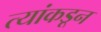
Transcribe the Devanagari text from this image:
त्यांकडून